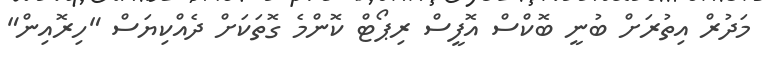
މަދުރް އިތުރަށް ބުނީ ބޮކްސް އޮފީސް ރިޕޯޓް ކޮންމެ ގޮތަކަށް ދެއްކިޔަސް "ހިރޮއިން"